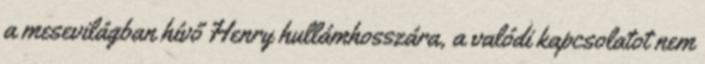
a mesevilágban hívő Henry hullámhosszára, a valódi kapcsolatot nem